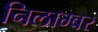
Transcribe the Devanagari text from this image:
निलाम्बर